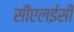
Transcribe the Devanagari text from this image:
सीएलईसी